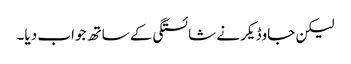
لیکن جاوڈیکر نے شائستگی کے ساتھ جواب دیا۔